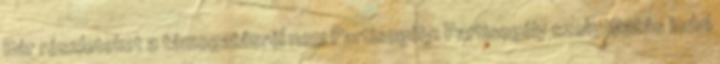
Bár részleteket a támogatásról nem Partisegély: Partisegély szolgáltatás indul